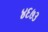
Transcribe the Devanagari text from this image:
४६७३